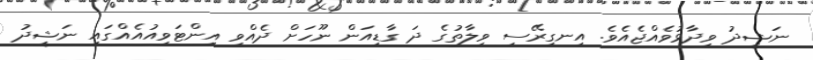
ނަޝީދު ވިދާޅުވެއްޖެއެވެ. އިނގިރޭސި ވިލާތުގެ ދަ ގާޑިއަން ނޫހަށް ދެއްވި އިންޓަވިއުއެއްގައި ނަޝީދު